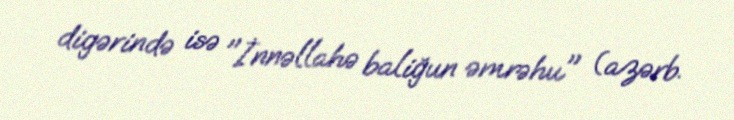
digərində isə "İnnəllahə baliğun əmrəhu" (azərb.